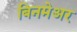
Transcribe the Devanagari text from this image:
बिनमेअर